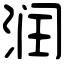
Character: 润